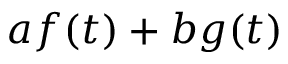
a f ( t ) + b g ( t )